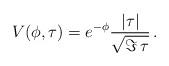
LaTeX: \begin{align*}V(\phi,\tau) = e^{- \phi} {|\tau |\over\sqrt{\Im\,\tau}} \,.\end{align*}